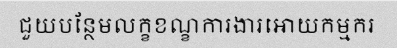
ជួយបន្ថែមលក្ខខណ្ខការងារអោយកម្មករ